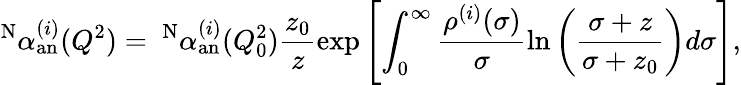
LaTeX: ^{\mathrm{N}}\alpha_{\mathrm{an}}^{(i)}(Q^{2})=~^{\mathrm{N}}\alpha_{\mathrm{an}}^{(i)}(Q_{0}^{2})\frac{z_{0}}{z}\exp\left[\int_{0}^{\infty}\frac{\rho^{(i)}(\sigma)}{\sigma}\ln\left(\frac{\sigma+z}{\sigma+z_{0}}\right)d\sigma\right],